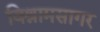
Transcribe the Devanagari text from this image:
विश्रामसागर